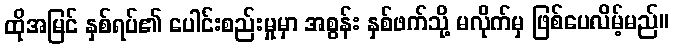
ထိုအမြင် နှစ်ရပ်၏ ပေါင်းစည်းမှုမှာ အစွန်း နှစ်ဖက်သို့ မလိုက်မှ ဖြစ်ပေလိမ့်မည်။